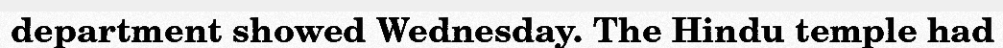
department showed Wednesday. The Hindu temple had